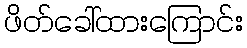
ဖိတ်ခေါ်ထားကြောင်း